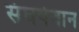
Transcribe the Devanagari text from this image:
संघर्षवान